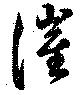
催